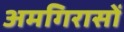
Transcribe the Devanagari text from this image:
अमगिरासों